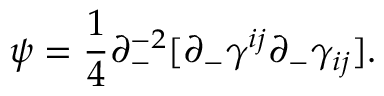
\psi = \frac { 1 } { 4 } \partial _ { - } ^ { - 2 } [ \partial _ { - } \gamma ^ { i j } \partial _ { - } \gamma _ { i j } ] .